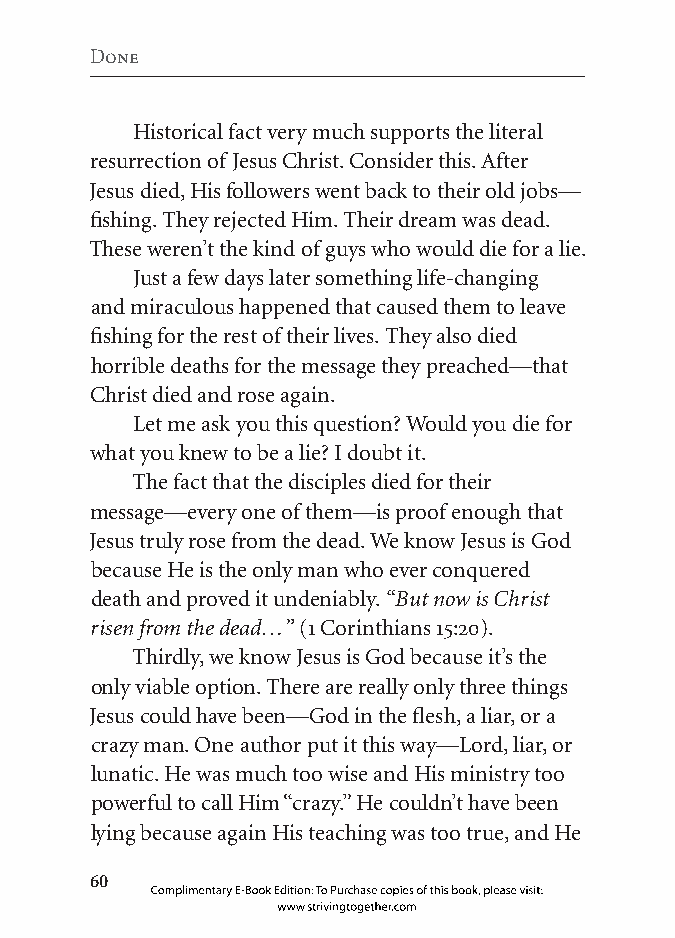
Done
 Historical fact very much supports the literal
 resurrection of Jesus Christ. Consider this. After
 Jesus died, His followers went back to their old jobs—
 fishing. They rejected Him. Their dream was dead.
 These weren’t the kind of guys who would die for a lie.
 Just a few days later something life-changing
 and miraculous happened that caused them to leave
 fishing for the rest of their lives. They also died
 horrible deaths for the message they preached—that
 Christ died and rose again.
 Let me ask you this question? Would you die for
 what you knew to be a lie? I doubt it.
 The fact that the disciples died for their
 message—every one of them—is proof enough that
 Jesus truly rose from the dead. We know Jesus is God
 because He is the only man who ever conquered
 death and proved it undeniably. “But now is Christ
 risen from the dead…” (1 Corinthians 15:20).
 Thirdly, we know Jesus is God because it’s the
 only viable option. There are really only three things
 Jesus could have been—God in the flesh, a liar, or a
 crazy man. One author put it this way—Lord, liar, or
 lunatic. He was much too wise and His ministry too
 powerful to call Him “crazy.” He couldn’t have been
 lying because again His teaching was too true, and He
 0
 Complimentary E-Book Edition: To Purchase copies of this book, please visit:
 www.strivingtogether.com